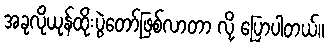
အခုလိုယုန်ထိုးပွဲတော်ဖြစ်လာတာ လို့ ပြောပါတယ်။